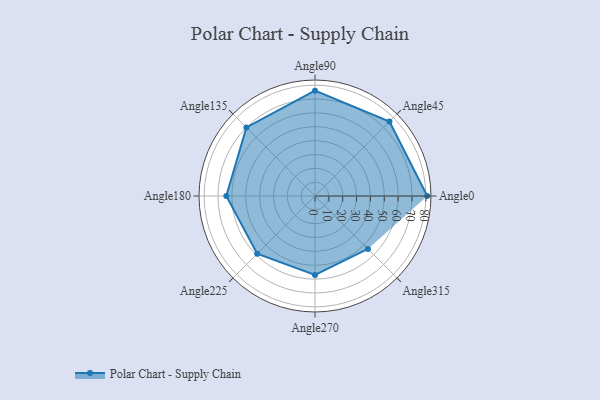
{"axis": {"x": "Angle", "y": "Radius"}, "legend": [""], "data": [{"x": "Angle0", "y": 81.0, "type": ""}, {"x": "Angle45", "y": 76.0, "type": ""}, {"x": "Angle90", "y": 76.0, "type": ""}, {"x": "Angle135", "y": 70.0, "type": ""}, {"x": "Angle180", "y": 64.0, "type": ""}, {"x": "Angle225", "y": 59.0, "type": ""}, {"x": "Angle270", "y": 57.0, "type": ""}, {"x": "Angle315", "y": 54.0, "type": ""}]}